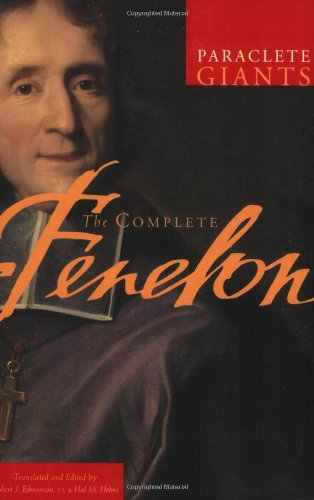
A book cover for The Complete Fenelon (Paraclete Giants); Francois Fenelon; Christian Books & Bibles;